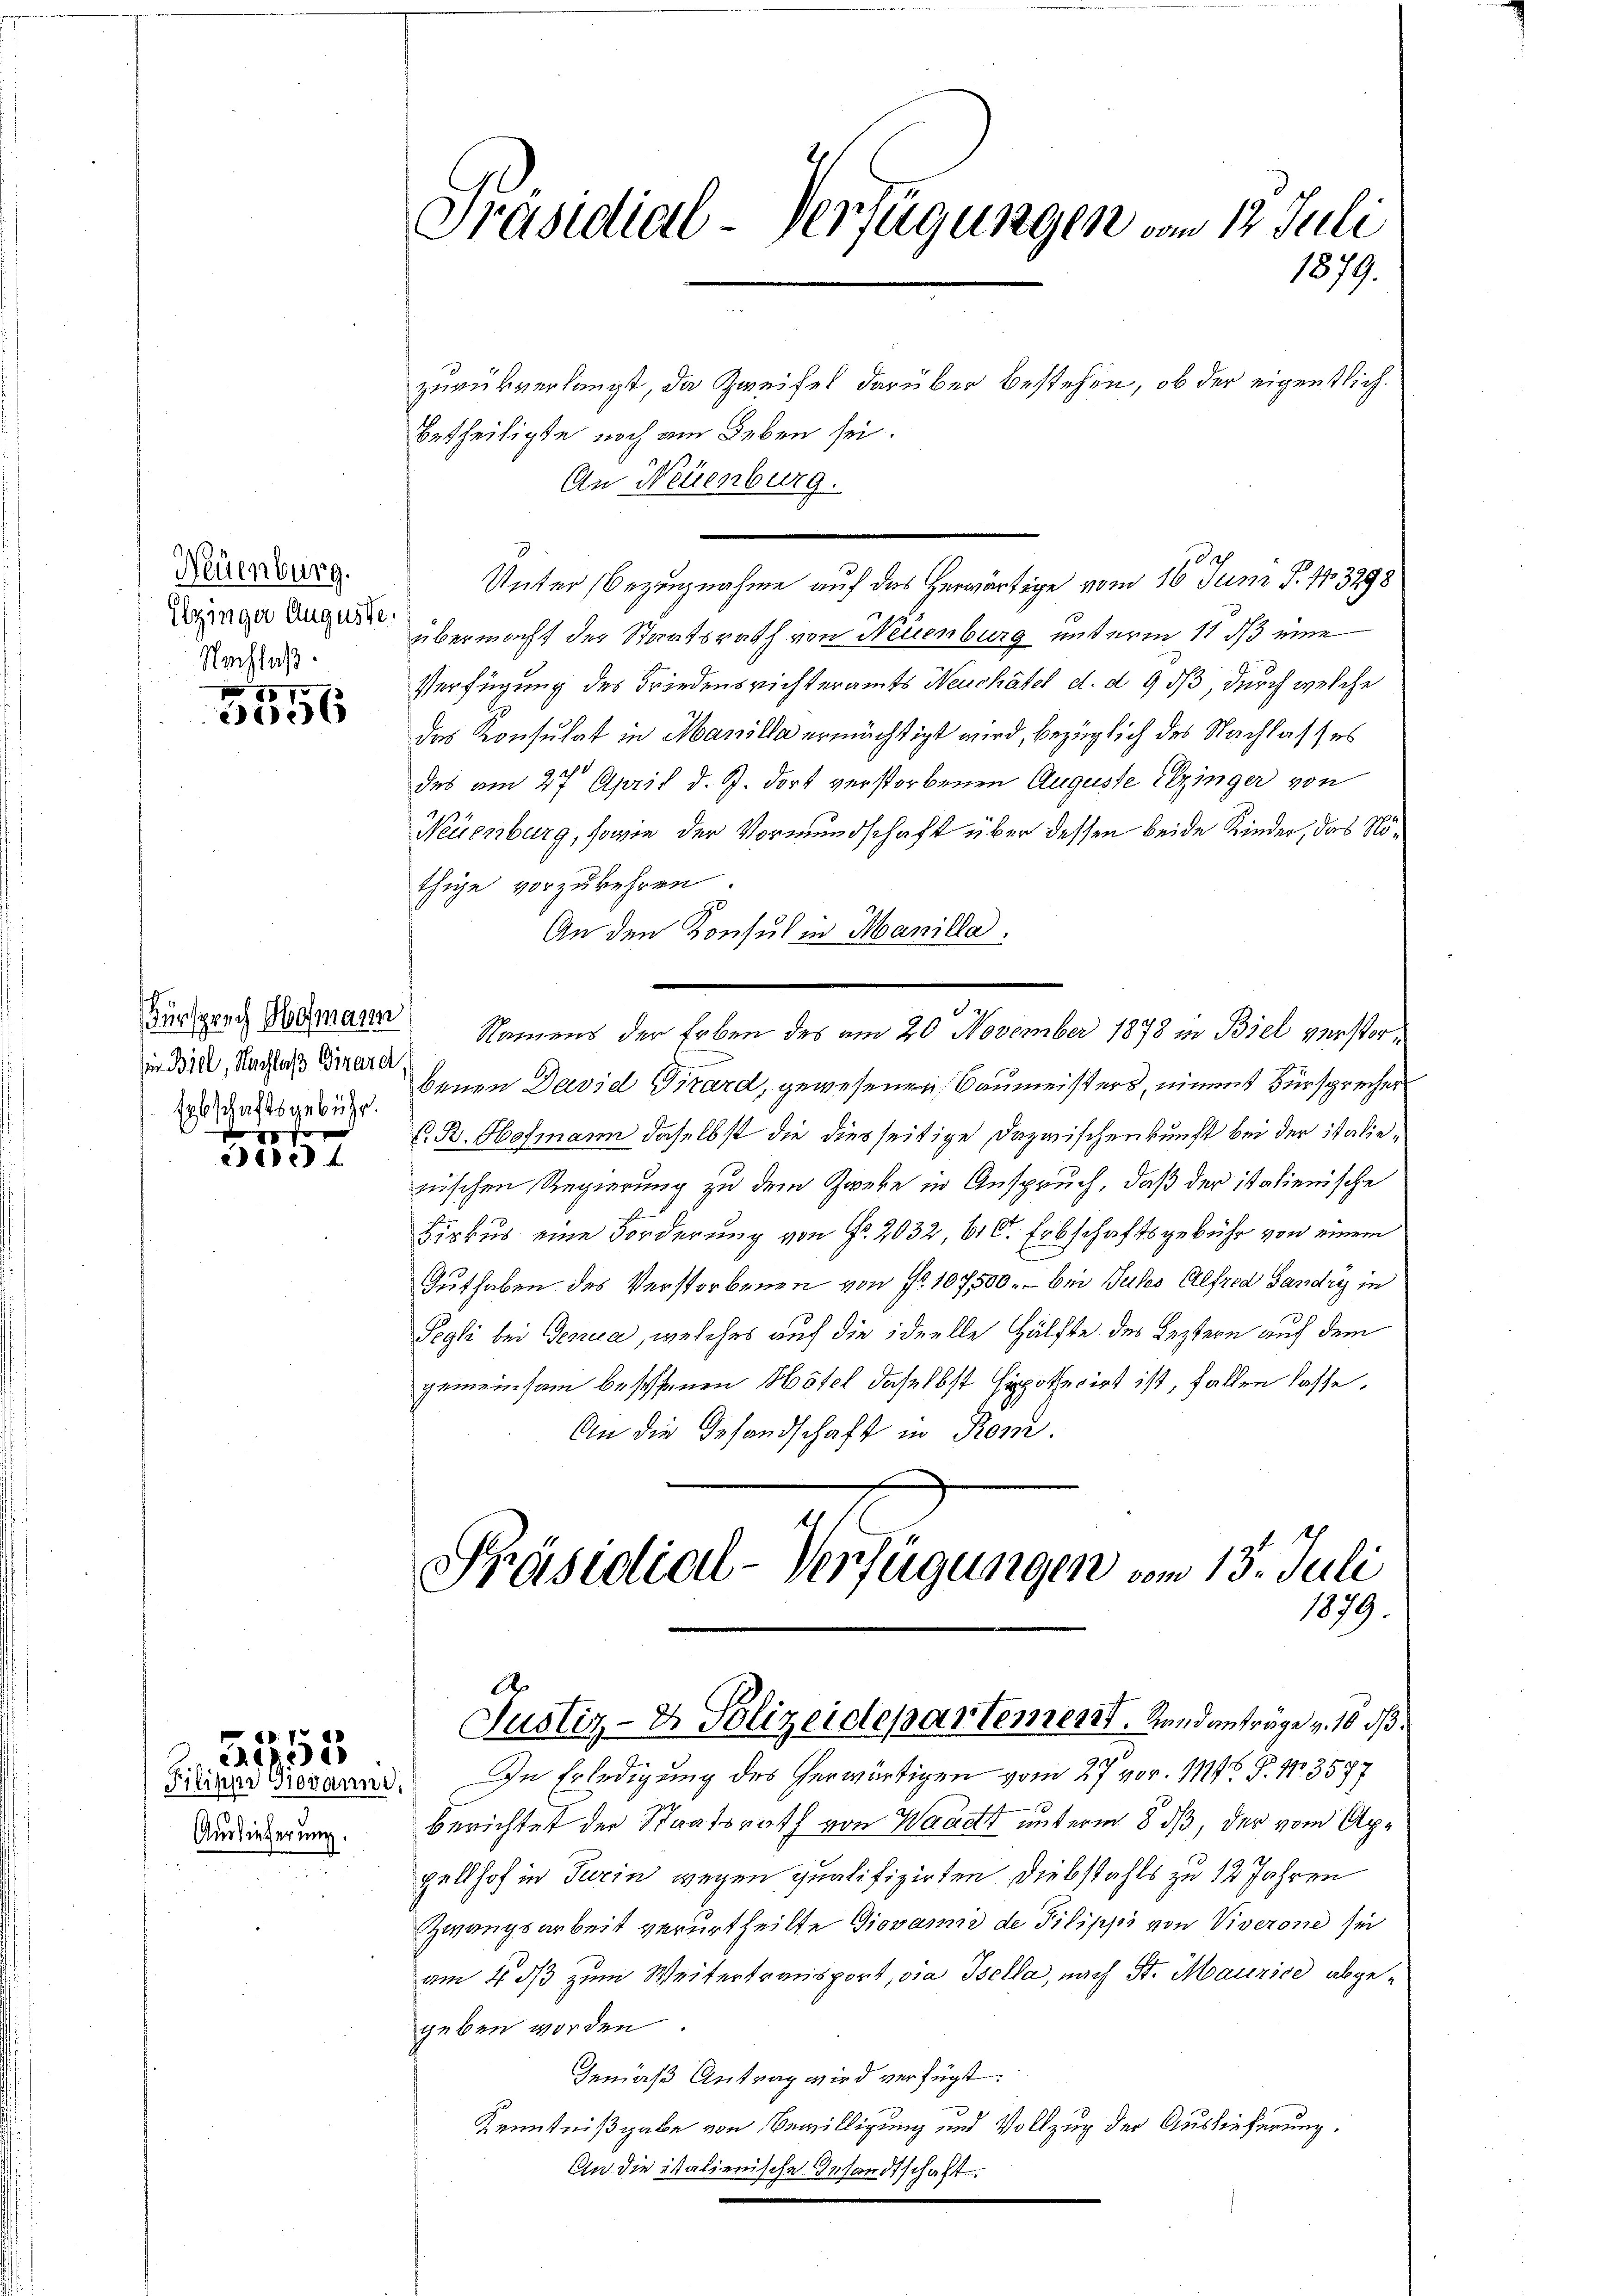
Präsidial-Verfügungen vom 12. Juli
1879.

zurükverlangt, da Zweifel darüber bestehen, ob der eigentlich¬
Betheiligte noch am Leben sei.
An Neuenburg.
Unter Bezugnahme auf das herwärtige vom 16. Juni T. 143298
übermacht der Staatsrath von Neuenburg unterm 11 dß eine
Verfügung des Friedensrichteramts Neuchâtel d. d. 9 dß, durch welche
das Konsulat in Manilla ermächtigt wird, bezüglich des Nachlass es
des am 27. April d. R. dort verstorbenen Auguste Elzinger von
Neuenburg, sowie der Vormundschaft über dessen beide Kinder, das Nöthige vorzukehren.
An den Konsul in Manilla.
Zindrath Dorparen Namens der Erben des am 20. November 1873 in Biel verstorbenen David Girard, gewesenen Baumeisters, nimmt Fürsprecher
Z. B. Hofmann daselbst die diesseitige Dazwischenkunft bei der italienischen Regierung zu dem Zweke in Anspruch, daß der italienische
Birkus eine Forderung von Fr. 2032, 61 C. Erbschaftsgebühr von einem
Guthaben des Verstorbenen von Nr. 107500.- bei Gutes Alfred Landry in
Pegli bei Genica, welches auf die ideelle Hälfte des Leztern auf dem
gemeinsam beschenen Hotel daselbst hypothecirt ist, fallen lasse.
An die Gesandschaft in Rom.
t.
Präsidial-Verfügungen vom 13. Juli
1879.
Justiz-Dr. Polizeidepartement. Randanträge v. 10 d
Filiar Giovanne. In Erledigung des herwärtigen vom 27 vor. Mt. P. Nr. 3577
berichtet der Staatsrath von Waadt unterm 8 dß, der vom Appellhof in Turin wegen qualifizirten Diebstahls zu 12 Jahren
Zwangsarbeit verurtheilte Giovannie de Pilippi von Viverone sei
am 4. dβ zum Weitertransport, die Isella, nach St. Maurice abgegeben worden
Gemäß Antrag wird verfügt:
Kenntnißgabe von Bewilligung und Vollzug der Auslieferung.
An die italienische Gesandtschaft.
e

Neuenburg.
Elzinger Auguste.
Nachlaß

2
3056

in Biel, Nachlaβ Girard,
Erbschaftsgebühr.

24

5553

e
Auslieferung.